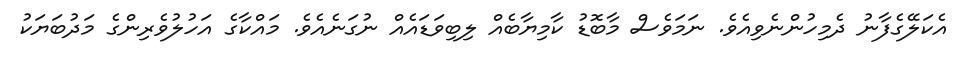
އެކަލޭގެފާނު ދެމިހުންނެވިއެވެ. ނަމަވެސް މާބޮޑު ކާމިޔާބެއް ލިބިވަޑައެއް ނުގަނެއެވެ. މައްކާގެ އަހުލުވެރިންގެ މަދުބަޔަކު